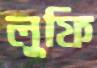
লুফি